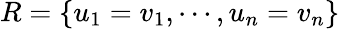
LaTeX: R=\{ u_{1}=v_{1},\cdots,u_{n}=v_{n}\}